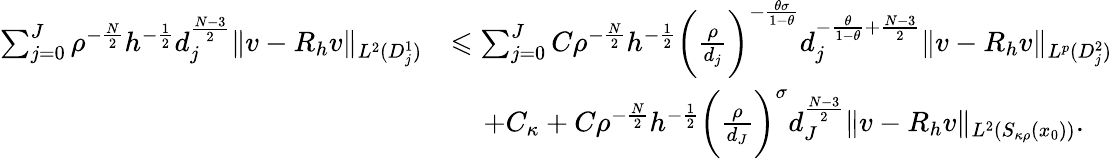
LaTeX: \begin{array}{rl}{\sum_{j=0}^{J}\rho^{-\frac{N}2}h^{-\frac 12}d_{j}^{\frac{N-3}{2}}\| v-R_{h}v\| _{L^{2}(D_{j}^{1})}}&{\leqslant\sum_{j=0}^{J}C\rho^{-\frac{N}2}h^{-\frac 12}\bigg(\frac{\rho}{d_{j}}\bigg)^{-\frac{\theta\sigma}{1-\theta}}d_{j}^{-\frac{\theta}{1-\theta}+\frac{N-3}{2}}\| v-R_{h}v\| _{L^{p}(D_{j}^{2})}}\\ &{\quad\, +C_{\kappa}+C\rho^{-\frac{N}2}h^{-\frac 12}\bigg(\frac{\rho}{d_{J}}\bigg)^{\sigma}d_{J}^{\frac{N-3}{2}}\| v-R_{h}v\| _{L^{2}(S_{\kappa\rho}(x_{0}))}.}\end{array}